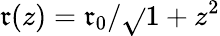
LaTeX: \mathfrak{r}(z)=\mathfrak{r}_{0}/\sqrt{}{{1+z^{2}}}